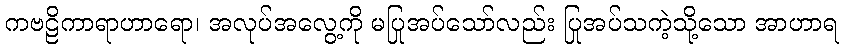
ကဗဠိကာရာဟာရော၊ အလုပ်အလွေ့ကို မပြုအပ်သော်လည်း ပြုအပ်သကဲ့သို့သော အာဟာရ